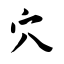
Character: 穴